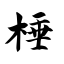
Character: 棰